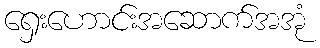
ရှေးဟောင်းအဆောက်အအုံ